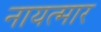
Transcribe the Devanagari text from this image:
नायत्मार